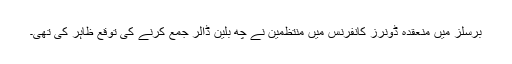
برسلز میں منعقدہ ڈونرز کانفرنس میں منتظمین نے چھ بلین ڈالر جمع کرنے کی توقع ظاہر کی تھی۔